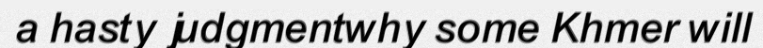
a hasty judgmentwhy some Khmer will